Report on vaccination in Madras 1904-1921 - 1904-1921
Year: 1904
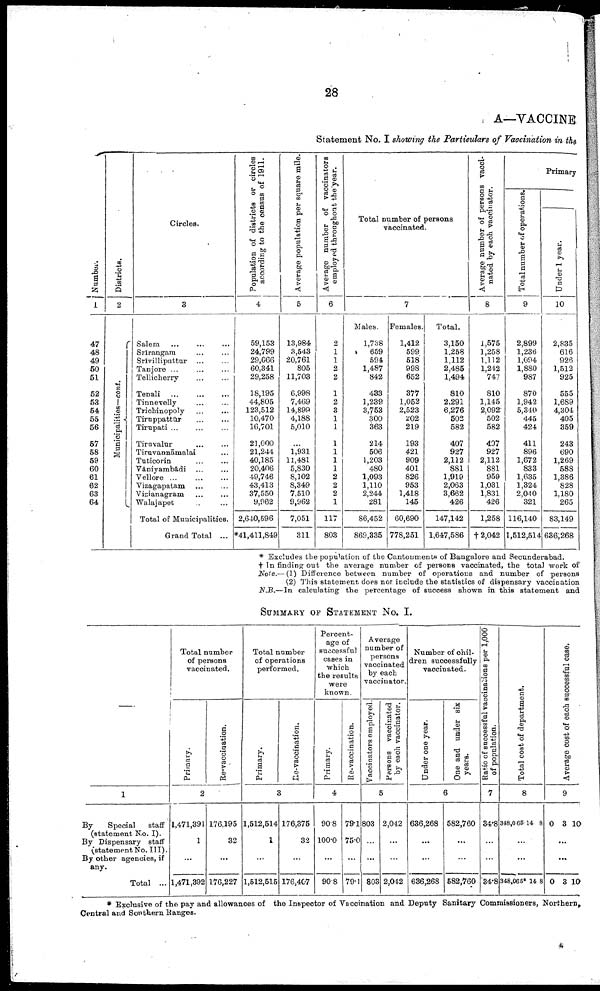
28
A—VACCINE
Statement No. I showing the Particulars of Vaccination in the
Number.
1
47
48
49
50
51
52
53
54
55
56
57
58
59
60
61
62
63
64
Districts.
2
Municipalities—cont.
Circles.
3
Salem ... ... ...
Srīrangam ... ...
Srīvilliputtur ... ...
Tanjore ...
...
...
Tellicherry
...
...
Tenali
...
...
...
Tinnevelly ... ...
Trichinopoly ... ...
Tiruppattūr
...
...
Tirupati ... ... ...
Tiruvalur...
...
Tiruvannāmalai ...
Tuticorin ... ...
Vāniyambadi ... ...
Vellore ...
...
...
Vizagapatam ... ...
Vizianagram ... ...
Walajapet ... ...
Total of Municipalities.
Grand Total ...
Population of districts or circles
according to the census of 1911.
4
59,153
24,799
29,066
60,341
29,258
18,195
44,805
123,512
10,470
16,701
21,000
21,244
40,185
20,406
49,746
43,413
37,550
9,962
2,640,596
*41,411,849
Average population per square mile.
5
13,984
3,543
20,761
805
11,703
6,998
7,469
14,899
4,188
5,010
...
1,931
11,481
5,830
8,102
8,349
7,510
9,962
7,051
311
Average number of vaccinators
employed throughout the year.
6
2
1
1
2
2
1
2
3
1
1
1
1
1
1
2
2
2
1
117
803
Total number of persons
vaccinated.
7
Males.
1,738
659
594
1,487
842
483
1,239
3,753
300
363
214
506
1,203
480
1,093
1,110
2,244
281
86,452
869,335
Females.
1,412
599
518
998
652
377
1,052
2,523
202
219
193
421
909
401
826
953
1,418
145
60,690
778,251
Total.
3,150
1,258
1,112
2,485
1,494
810
2,291
6,276
503
582
407
927
2,112
881
1,919
2,063
3,662
426
147,142
1,647,586
Average number of persons vacci¬
nated by each vaccinator.
8
1,575
1,258
1,112
1,242
747
810
1,145
2,092
502
582
407
927
2,112
881
959
1,031
1,831
426
1,258
† 2,042
Primary
Total number of operations.
9
2,899
1,236
1,094
1,880
987
870
1,942
5,340
445
424
411
896
1,672
833
1,635
1,324
2,040
321
116,140
1,512,514
Under 1 year.
10
2,835
616
926
1,512
925
555
1,689
4,304
405
359
243
690
1,269
588
1,386
828
1,180
265
83,149
636,268
* Excludes the population of the Cantonments of Bangalore and Secunderabad.
† In finding out the average number of persons vaccinated, the total work of
Note.— (1) Difference between number of operations and number of persons
(2) This statement does not include the statistics of dispensary vaccination
N.B.—In calculating the percentage of success shown in this statement and
SUMMARY OF STATEMENT No. I.
—
1
By
Special
staff
(statement No. I).
By Dispensary staff
(statement No. III).
By other agencies, if
any.
Total ...
Total number
of persons
vaccinated.
Primary.
Re-vaccination.
2
1,471,391
1
...
1,471,392
176,195
32
...
176,227
Total number
of operations
performed.
Primary.
Re-vaccination.
3
1,512,514
1
...
1,512,515
176,375
32
...
176,407
Percent
age of
successful
cases in
which
the results
were
known.
Primary.
Re-vaccination.
4
90.8
100.0
...
90.8
79.1
75.0
...
79.1
Average
number of
persons
vaccinated
by each
vaccinator.
Vaccinators employed.
Persons vaccinated
by each vaccinator.
5
803
...
...
803
2,042
...
2,042
Number of chil
dren successfully
vaccinated.
Under one year.
One and under six
years.
6
636,268
...
...
636,268
582,760
...
...
582,760
Ratio of successful vaccinations per 1,000
of population.
7
34.8
...
...
34.8
Tot al cos t of depar t
ment .
8
348,065 14 8
...
...
348,065* 14 8
Ave r
a ge c o s t of e a c h s u c c e s s f u l case.
9
0 3 10
...
...
0 3 10
* Exclusive of the pay and allowances of the Inspector of Vaccination and Deputy Sanitary Commissioners, Northern,
Central and Southern Ranges.